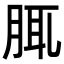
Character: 𦛖